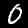
Digit: 0